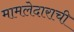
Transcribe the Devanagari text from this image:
मामलेदाराची